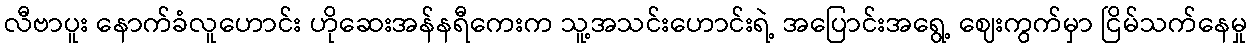
လီဗာပူး နောက်ခံလူဟောင်း ဟိုဆေးအန်နရီကေးက သူ့အသင်းဟောင်းရဲ့ အပြောင်းအရွေ့ ဈေးကွက်မှာ ငြိမ်သက်နေမှု